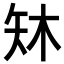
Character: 𪿈